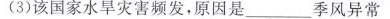
(3)该国家水旱灾害频发，原因是___季风异常